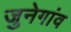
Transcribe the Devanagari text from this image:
जुनेगांव